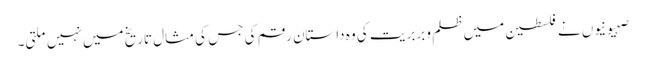
صہیونیوں نے فلسطین میں ظلم و بربریت کی وہ داستان رقم کی جس کی مثال تاریخ میں نہیں ملتی۔